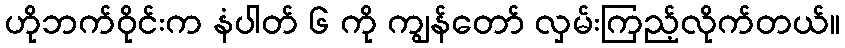
ဟိုဘက်ဝိုင်းက နံပါတ် ၆ ကို ကျွန်တော် လှမ်းကြည့်လိုက်တယ်။